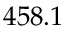
4 5 8 . 1